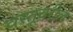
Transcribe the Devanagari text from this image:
वस्तूवरील